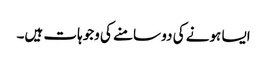
ایسا ہونے کی دو سامنے کی وجوہات ہیں۔